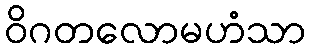
ဝိဂတလောမဟံသာ